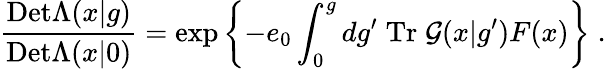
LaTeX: \frac{\mathrm{Det}\Lambda(x|g)}{\mathrm{Det}\Lambda(x|0)}=\exp\left\{ -e_{0}\int_{0}^{g}dg^{\prime}\; \mathrm{Tr}\; {\cal G}(x|g^{\prime})F(x)\right\} \; .